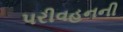
પરીવહનની